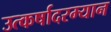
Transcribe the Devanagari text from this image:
उत्कर्षादरम्यान